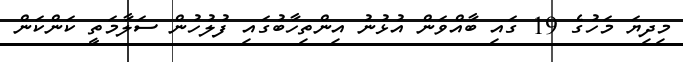
މިދިޔަ މަހުގެ 19 ގައި ބާއްވަން އުޅުނު އިންތިހާބުގައި ފުލުހުން ސަލާމަތީ ކަންކަން